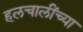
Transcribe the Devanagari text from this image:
हलचालींच्या